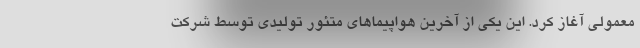
معمولی آغاز کرد. این یکی از آخرین هواپیماهای متئور تولیدی توسط شرکت